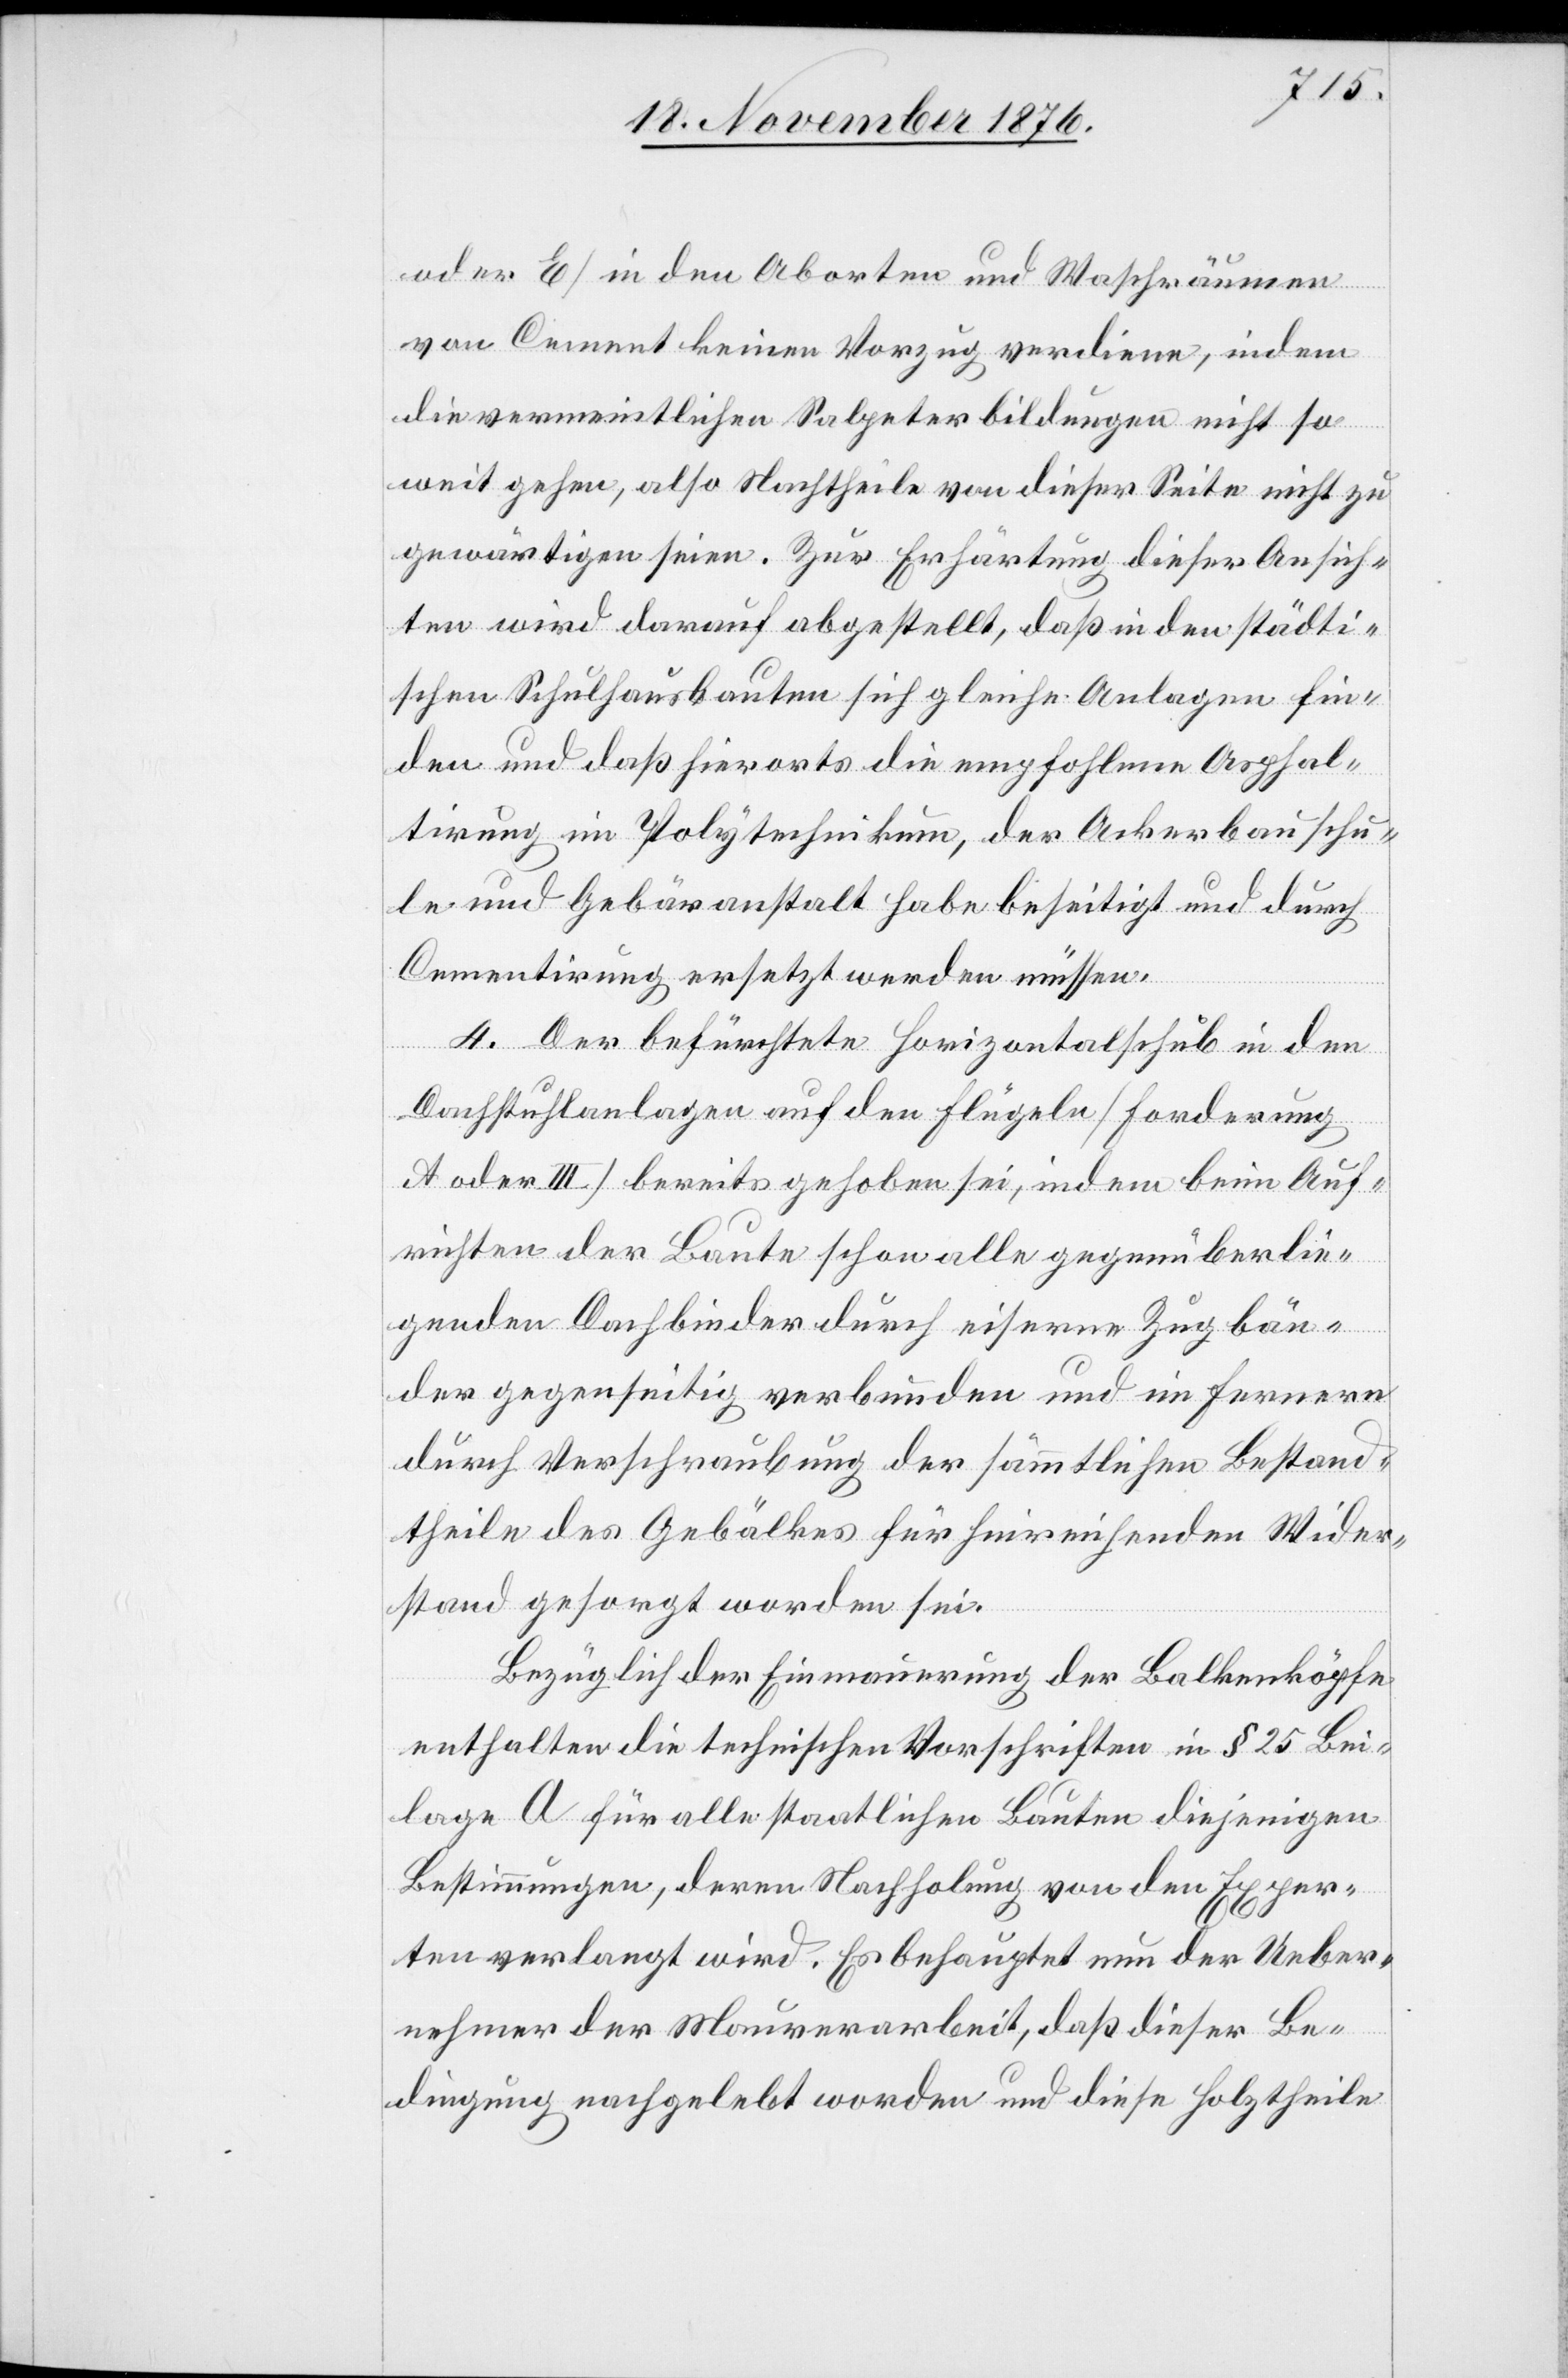
oder E] in den Aborten und Waschräumen
von Cement keinen Vorzug verdiene, indem
die vermeintlichen Salpeterbildungen nicht so
weit gehen, also Nachtheile von dieser Seite nicht zu
gewärtigen seien. Zur Erhärtung dieser Ansich¬
ten wird darauf abgestellt, daß in den städti¬
schen Schulhausbauten sich gleiche Anlagen fin¬
den und daß hierorts die empfohlene Asphal¬
tirung im Polytechnikum, der Ackerbauschu¬
le und Gebäranstalt habe beseitigt und durch
Cementirung ersetzt werden müssen.
4. Der befürchtete Horizontalschub in den
Dachstuhlanlagen auf den Flügeln [Forderung
A oder III] bereits gehoben sei, indem beim Auf¬
richten der Baute schon alle gegenüberlie¬
genden Dachbinder durch eiserne Zugbän¬
der gegenseitig verbunden und im Fernern
durch Verschraubung der sämmtlichen Bestand¬
theile des Gebälkes für hinreichenden Wider¬
stand gesorgt worden sei.
Bezüglich der Einmauerung der Balkenköpfe
enthalten die technischen Vorschriften in § 25 Bei¬
lage A für alle staatlichen Bauten diejenigen
Bestimmungen, deren Nachholung von den Exper¬
ten verlangt wird. Es behauptet nun der Ueber¬
nehmer der Maurerarbeit, daß diese Be¬
dingung nachgelebt worden und die Holztheile